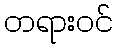
တရားဝင်